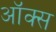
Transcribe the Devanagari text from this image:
ऑक्‍स